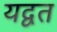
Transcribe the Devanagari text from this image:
यद्वत